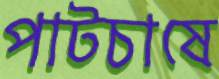
পাটচাষে